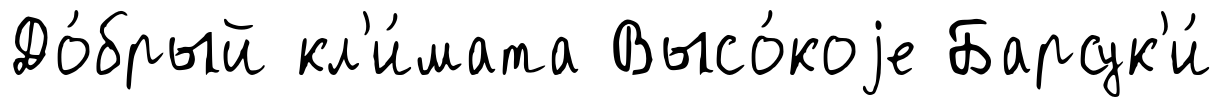
До́брый кл'и́мата Высо́коjе Барсук'и́